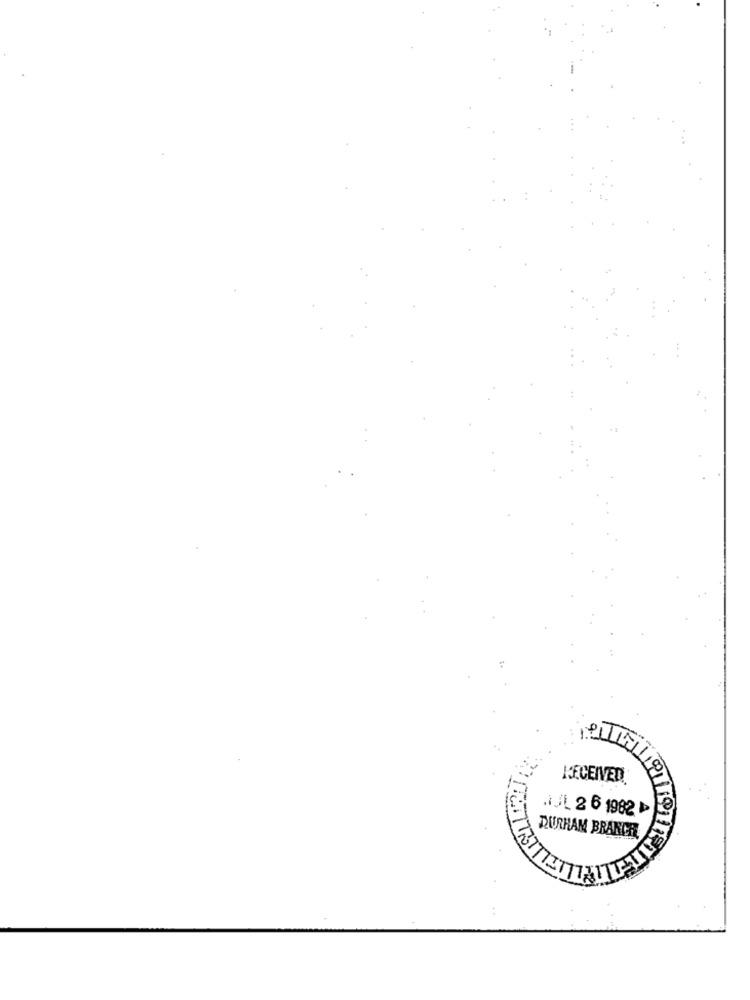
RECEIVED
.IJL 2 6 1982 ₺
DURHAM BRANCH